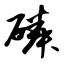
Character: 磷